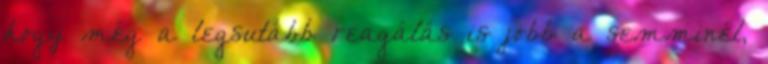
hogy még a legsutább reagálás is jobb a semminél,